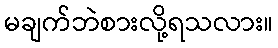
မချက်ဘဲစားလို့ရသလား။